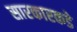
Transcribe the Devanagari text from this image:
सारकारकडे